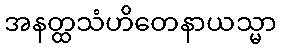
အနတ္ထသံဟိတေနာယသ္မာ